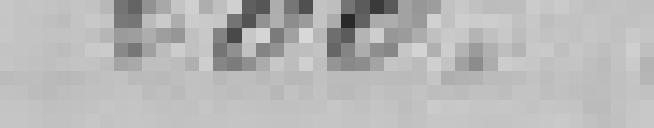
200